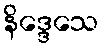
နိဒ္ဒေသေ